Annual report of the Imperial Bacteriologist
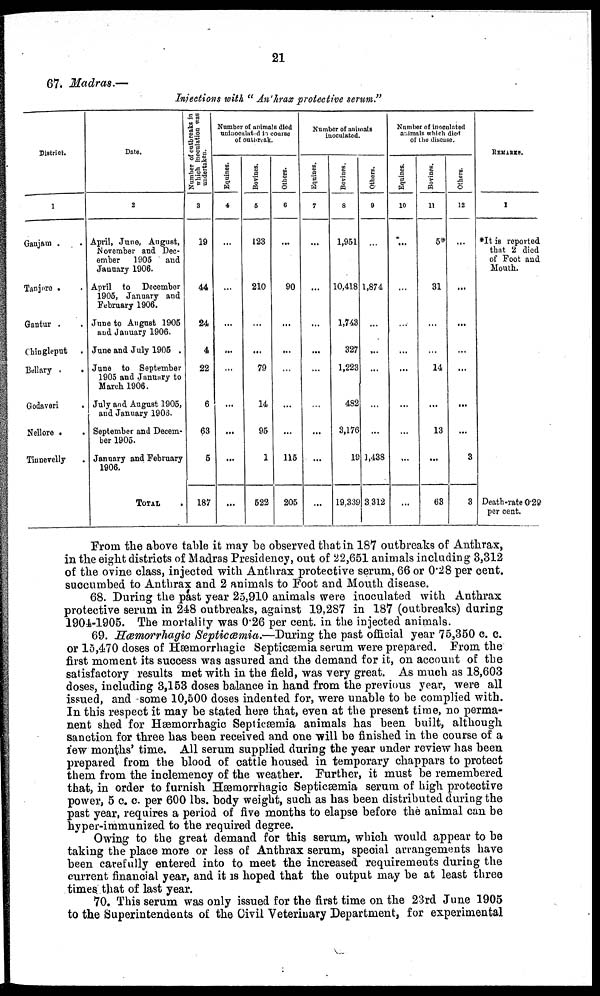
21
67. Madras.—
Injections with " An'hrax protective serum."
District.
1
Gaujam .
Tanjore .
Gantur .
Chingleput .
Bellary .
Godaveri
Nellore .
Tinnevelly
Date.
2
April, June, August,
November and Dec-
ember 1905 and
January 1906.
April to December
1905, January and
February 1906.
June to August 1905
and Jauuary 1906.
June and July 1905 .
June to September
1905 and January to
March 1906.
July and August 1905,
and January 1906.
September and Decem-
ber 1905.
January and February
1906.
TOTAL
Number of outbreaks in
which inoculation was
undertaken.
3
19
44
24
4
22
6
63
5
187
Number of animals died
uninoculated in course
of outbreak.
Equines.
4
...
...
...
...
...
...
...
....
...
Bovines.
5
123
210
...
...
79
14
95
1
522
Others.
6
...
90
...
...
...
...
...
115
205
Number of animals
inoculated.
Equines.
7
...
...
...
...
...
...
...
...
...
Bovines.
8
1,951
10,418
1,743
327
1,223
482
3,176
19
19.339
Others.
9
...
1,874
...
...
...
...
...
1,438
3 312
Number of inoculated
animals which died
of the disease.
Equines.
10
...
...
...
...
...
...
...
...
...
Bovines.
11
5*
31
...
...
14
...
13
...
63
Others.
12
...
...
...
...
...
...
...
3
3
REMARKS.
1
*It is reported
that 2 died
of Foot and
Mouth.
Death-rate 0.29
per cent.
From the above table it may be observed that in 187 outbreaks of Anthrax,
in the eight districts of Madras Presidency, out of 22,651 animals including 3,312
of the ovine class, injected with Anthrax protective serum, 66 or 0.28 per cent.
succumbed to Anthrax and 2 animals to Foot and Mouth disease.
68. During the past year 25,910 animals were inoculated with Anthrax
protective serum in 248 outbreaks, against 19,287 in 187 (outbreaks) during
1904-1905. The mortality was 0.26 per cent. in the injected animals.
69. Hæmorrhagic Septiæmia.—During the past official year 75,350 c. c.
or 15,470 doses of Hæmorrhagic Septicæmia serum were prepared. From the
first moment its success was assured and the demand for it, on account of the
satisfactory results met with in the field, was very great. As much as 18,603
doses, including 3,153 doses balance in hand from the previous year, were all
issued, and some 10,500 doses indented for, were unable to be complied with.
In this respect it may be stated here that, even at the present time, no perma-
nent shed for Hæmorrhagic Septicæmia animals has been built, although
sanction for three has been received and one will be finished in the course of a
few months' time. All serum supplied during the year under review has been
prepared from the blood of cattle housed in temporary chappars to protect
them from the inclemency of the weather. Further, it must be remembered
that, in order to furnish Hæmorrhagio Septicæmia serum of high protective
power, 5 c. c. per 600 lbs. body weight, such as has been distributed during the
past year, requires a period of five months to elapse before the animal can be
hyper-immunized to the required degree.
Owing to the great demand for this serum, which would appear to be
taking the place more or less of Anthrax serum, special arrangements have
been carefully entered into to meet the increased requirements during the
current financial year, and it is hoped that the output may be at least three
times that of last year.
70. This serum was only issued for the first time on the 23rd June 1905
to the Superintendents of the Civil Veterinary Department, for experimental